Scottish Leaving Certificate Examination, 1961
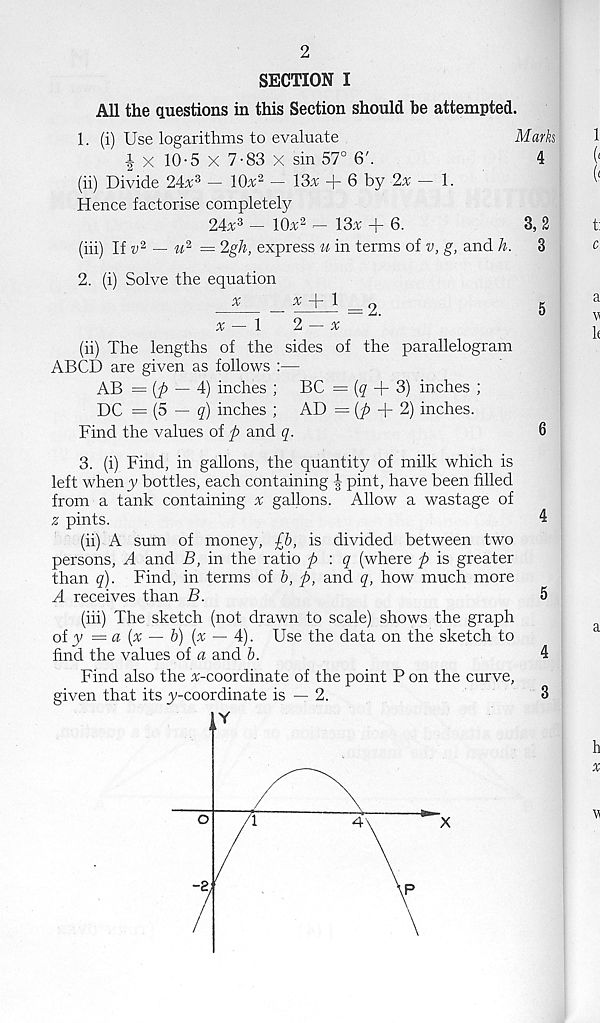
SECTION I
All the questions in this Section should he attempted.
1. (i) Use logarithms to evaluate
Mark
i X 10-5 X 7-83 X sin 57° 6'.
4
(ii) Divide 24x 3 - Kk 2 - 13* -f 6 by 2* - 1.
Hence factorise completely
24* 3 - 10* 2 - 13* + 6.
3, 2
(iii) If v* — u 2 = 2gh, express u in terms of v, g, and h.
3
2. (i) Solve the equation
riii = 2.
6
* — 1
2 — *
(ii) The lengths of the sides of the parallelogram
ABCD are given as follows :—
AB = (p — 4) inches ; BC = (^ + 3) inches ;
DC = (5
9) inches ; AD = {p
2) inches.
Find the values of p and q.
6
3. (i) Find, in gallons, the quantity of milk which is
left wheny bottles, each containing § pint, have been filled
from a tank containing * gallons. Allow a wastage of
z pints.
4
(ii) A sum of money, £b, is divided between two
persons, A and B, in the ratio p : q (where p is greater
than q). Find, in terms of b, p, and q, how much more
A receives than B.
5
(iii) The sketch (not drawn to scale) shows the graph
of y = ct {% — 6) (* — 4). Use the data on the sketch to
find the values of a and b.
4
Find also the *-coordinate of the point P on the curve,
given that its y-coordinate is — 2.
3
V